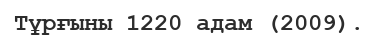
Тұрғыны 1220 адам (2009).